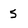
Character: 5